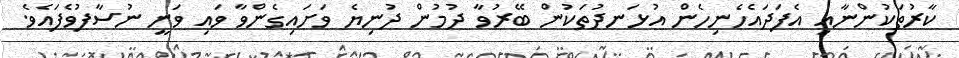
ކާރުތަކުންނާއި އެފަދައެހެނިހެން އުޅަނދުތަކުން ބޭރުވާ ދުމުން ދުނިޔެ ވަށައިގެންވާ ވައި ވަނީ ނުސާފުވެފައެވެ.